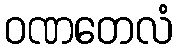
ဝဏတေလံ